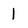
Character: 1